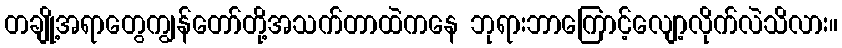
တချို့အရာတွေကျွန်တော်တို့အသက်တာထဲကနေ ဘုရားဘာကြောင့်လျော့လိုက်လဲသိလား။